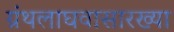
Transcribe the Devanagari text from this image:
ग्रंथलाघवासारख्या